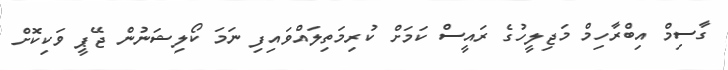
ގާސިމް އިބްރާހިމް މަޖިލީހުގެ ރައީސް ކަމަށް ކުރިމަތިލައްވައިފި ނަމަ ކޯލިޝަނުން ޖޭޕީ ވަކިކޮށް